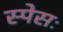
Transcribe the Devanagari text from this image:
स्पेसः